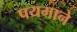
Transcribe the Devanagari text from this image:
पयमाने